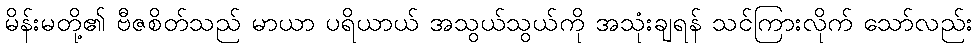
မိန်းမတို့၏ ဗီဇစိတ်သည် မာယာ ပရိယာယ် အသွယ်သွယ်ကို အသုံးချရန် သင်ကြားလိုက် သော်လည်း